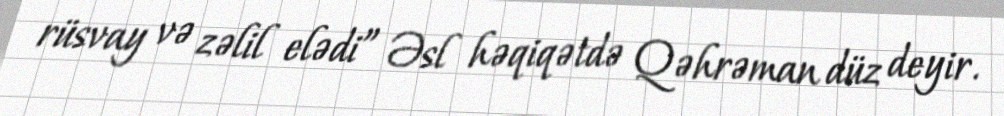
rüsvay və zəlil elədi” Əsl həqiqətdə Qəhrəman düz deyir.